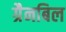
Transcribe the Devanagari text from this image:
ग्रैनबिल